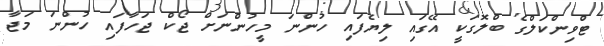
ޓްވިންކަލްގެ ބްލޮގަކީ އޭގައި ލިޔެފައި ހުންނަ މީހުންނަށް ޖޯކް ޖަހާފައި ހުންނަ މަޖާ